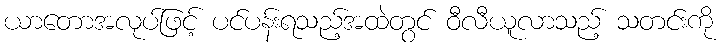
ယာတောအလုပ်ဖြင့် ပင်ပန်းရသည့်အထဲတွင် ဝီလီယူလာသည့် သတင်းကို